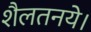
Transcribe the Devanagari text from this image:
शैलतनये।